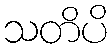
သတိပိ